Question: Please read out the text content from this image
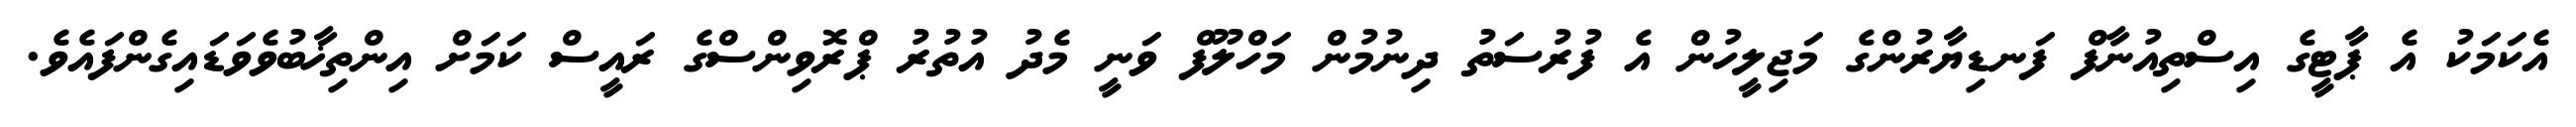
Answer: އެކަމަކު އެ ޕާޓީގެ އިސްތިއުނާފް ފަނޑިޔާރުންގެ މަޖިލީހުން އެ ފުރުސަތު ދިނުމުން މަހްލޫފް ވަނީ މެދު އުތުރު ޕްރޮވިންސްގެ ރައީސް ކަމަށް އިންތިޚާބުވެވަޑައިގެންފައެވެ.